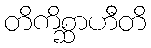
တိကိစ္ဆာဟီတိ